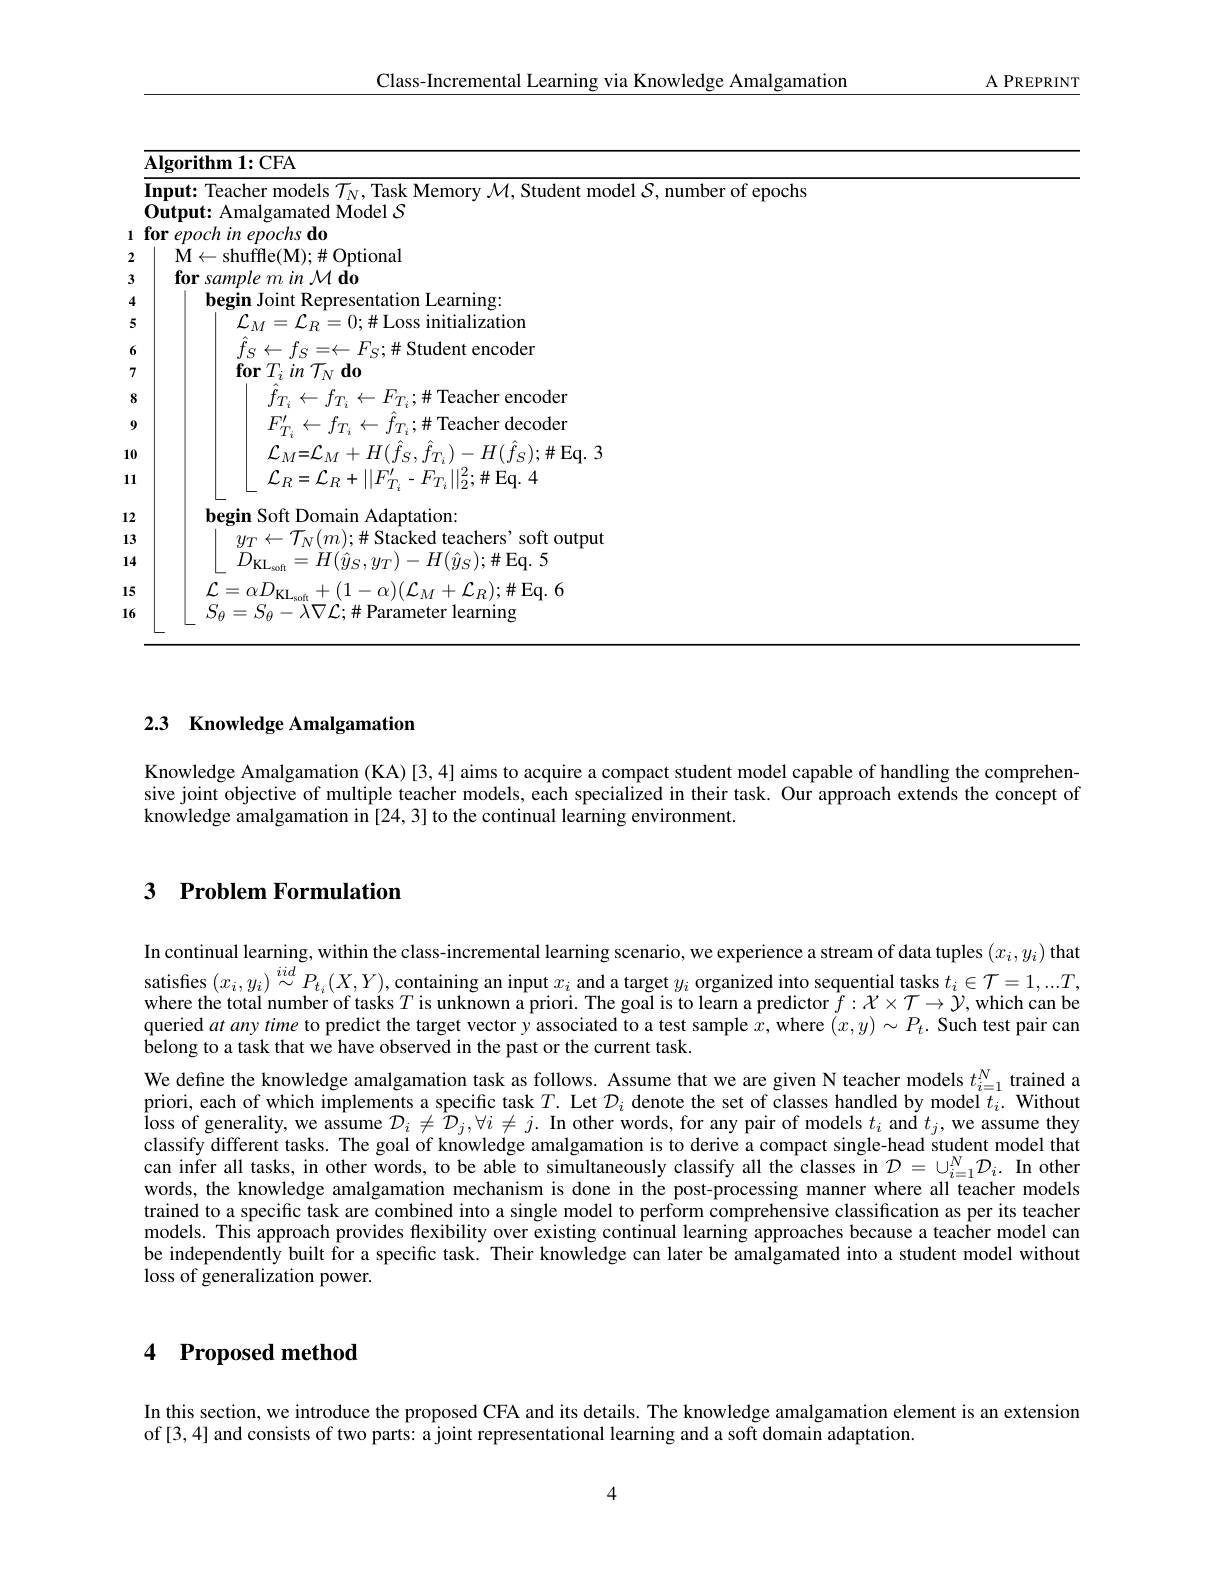
${\mathrm{A~PREPRINT}}$

Class-Incremental Learning via Knowledge Amalgamation

2
<table>
	<tbody>
		<tr>
			<td>$\overline{\mathbf{AI}};$</td>
			<td>$\mathbf{Algorithm~1:CFA}$</td>
			<td> </td>
		</tr>
		<tr>
			<td>$\textbf{I}_{1}$ $[\mathbf{n}]$ 1</td>
			<td>r of enochs</td>
			<td>r of epochs</td>
		</tr>
		<tr>
			<td>for</td>
			<td>$\textbf{for epoch in epochs do}$</td>
			<td> </td>
		</tr>
		<tr>
			<td>1</td>
			<td>$\dot{\mathbf{M}}\leftarrow\dot{\mathrm{shuffle(M);\#Optional}}$</td>
			<td>ptional</td>
		</tr>
		<tr>
			<td> </td>
			<td>for sample m in M do</td>
			<td>$|\boldsymbol{0}$</td>
		</tr>
		<tr>
			<td> </td>
			<td>begin Joint Representation Learning:</td>
			<td>sentation Learning:</td>
		</tr>
		<tr>
			<td> </td>
			<td>$\mathcal{L}_{M}=\mathcal{L}_{R}=0;\#$Loss initialization</td>
			<td>$0;\#$Loss initialization</td>
		</tr>
		<tr>
			<td> </td>
			<td>$\hat{f}_{S}\leftarrow f_{S}=\leftarrow F_{S};\#$ Student encoder</td>
			<td>$F_{S};\#$ Student encoder</td>
		</tr>
		<tr>
			<td> </td>
			<td>${\mathcal L}_{M}{=}{\mathcal L}_{M}+H(\hat{f}_{S},\hat{f}_{T_{i}})-H(\hat{f}_{S});\#$Eq. 3 $\mathcal{L}_{R}=\mathcal{L}_{R}+||F_{T_{i}}^{\prime}-F_{T_{i}}||_{2}^{2};\#$Eq.4</td>
			<td>$+H(\hat{f}_{S},\hat{f}_{T_{i}})-H(\hat{f}_{S});\#$Eq.3 $\vdash||F_{T,}^{\prime}-F_{T_{i}}||_{2}^{2};\#$Eq.4</td>
		</tr>
		<tr>
			<td> </td>
			<td> </td>
			<td> </td>
		</tr>
		<tr>
			<td> </td>
			<td>$y_{T}\leftarrow\mathcal{T}_{N}(m);\#$Stacked teachers' soft output $D_{\mathrm{KI}}$ $=H(\hat{y}_{S},y_{T})-H(\hat{y}_{S});\#$Eq. 5</td>
			<td>$;\#$ Stacked teachers' soft output $s,y_{T})-H(\hat{y}_{S});\#$Eq. 5</td>
		</tr>
		<tr>
			<td> </td>
			<td>$\mathcal{L} = \alpha D_{\mathrm{KL}_{\mathrm{soft}}}+ ( 1- \alpha ) ( \mathcal{L} _{M}+ \mathcal{L} _{R}) ; \#$Eq.6 $S_{\theta}=S_{\theta}-\overline{\lambda}\nabla\mathcal{L};\#$Parameter learning</td>
			<td>$\mathbf{1}-\alpha)(\mathcal{L}_{M}+\mathcal{L}_{R});\#$Eq. 6 $\#$ Parameter learning</td>
		</tr>
	</tbody>
</table>
121516

## 2.3 Knowledge Amalgamation

Knowledge Amalgamation (KA) [3,4] aims to acquire a compact student model capable of handling the comprehensive joint objective of multiple teacher models, each specialized in their task. Our approach extends the concept of knowledge amalgamation in $\hat[24,3]$ to the continual learning environment.

## 3 Problem Formulation

In continual learning, within the class-incremental learning scenario, we experience a stream of data tuples $(x_i,y_i)$ that satisfies $(x_i,y_i)\overset{iid}{\operatorname*{\sim}}P_{t_i}(X,Y)$, containing an input $x_i$ and a target $y_i$ organized into sequential tasks $t_i\in\mathcal{T}=1,...T$, where the total number of tasks $T$ is unknown a priori. The goal is to learn a predictor $\hat{f}:\mathcal{X}\times\mathcal{T}\to\mathcal{Y}$, which can be queried atanytime to predict the target vector y associated to a test sample $x$, where $(x,y)\sim P_t.$ Such test pair can belong to a task that we have observed in the past or the current task.
We define the knowledge amalgamation task as follows. Assume that we are given N teacher models $t_{i=1}^N$ trained a priori, each of which implements a specific task $T.$ Let $\mathcal{D}_i$ denote the set of classes handled by model $t_i.$ Without $\text{\^{I} oss of generality, we assume }\mathcal{D} _{i}\neq \hat{\mathcal{D} } _{j}, \forall i\neq j.$ In other words, for any pair of models $t_{i}$ and $t_{j}$, we assume they iloss of generality, we assume $\mathcal{D} _{i}\neq \hat{\mathcal{D} } _{j}, \forall i\neq j.$ In other words, for any pair of model s $t_{i}$ and classify different tasks. The goal of knowledge amalgamation is to derive a compact single-head student model that can infer all tasks, in other words, to be able to simultaneously classify all the classes in $\mathcal{D}=\cup_i=1^N\mathcal{D}_i.$ In other words, the knowledge amalgamation mechanism is done in the post-processing manner where all teacher models trained to a specific task are combined into a single model to perform comprehensive classification as per its teacher models. This approach provides flexibility over existing continual learning approaches because a teacher model can be independently built for a specific task. Their knowledge can later be amalgamated into a student model without loss of generalization power.

4 Proposed method

In this section, we introduce the proposed CFA and its details. The knowledge amalgamation element is an extension

of[3,4] and consists of two parts: a joint representational learning and a soft domain adaptation.

4